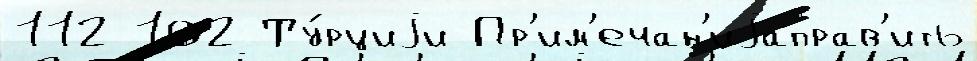
112 102 Ту́рциjи Пр'им'ечан'иjаправ'ить